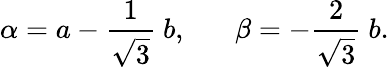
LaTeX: \alpha=a-\frac{1}{\sqrt{3}}~b,\; \; \; \; \; \; \beta=-\frac{2}{\sqrt{3}}~b.